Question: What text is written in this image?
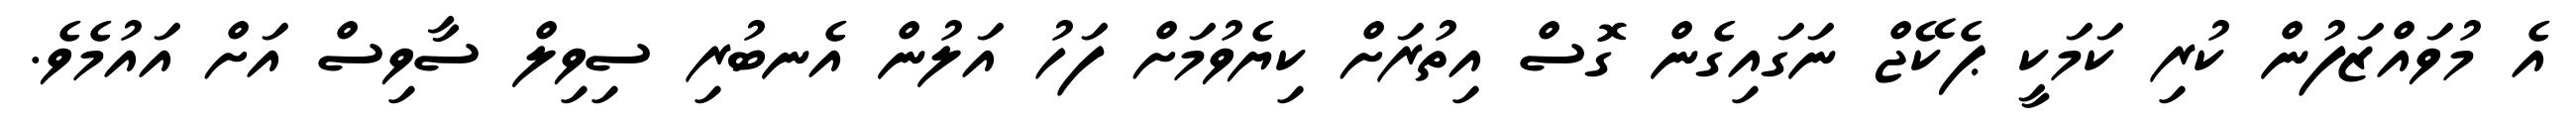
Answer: އެ މުވައްޒަފުން ކުރި ކަމަކީ ޕެކޭޖް ނަގައިގެން ގޮސް އިތުރަށް ކިޔެވުމަށް ފަހު އަލުން އެނބުރި ސިވިލް ސާވިސް އަށް އައުމެވެ.